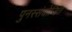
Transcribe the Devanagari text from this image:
पुनस्संयोजित